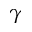
\gamma